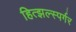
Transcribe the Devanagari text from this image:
हित्झल्स्पर्गर